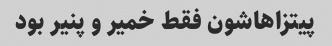
پیتزاهاشون فقط خمیر و پنیر بود